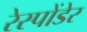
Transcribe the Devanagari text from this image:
रेस्पोंडेर